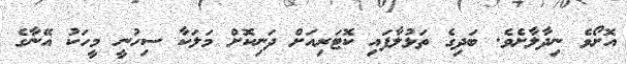
އޮށޯވެ ނިދާލާށެވެ. ބަދިގެ ތަޅުލާފައި ކޮޓަރިއަށް ދަނިކޮށް މަލަކާ ސިހުނީ މީހަކު އޭނާގެ